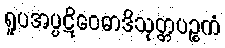
ရူပအပ္ပဋိဝေဓာဒိသုတ္တပဉ္စကံ